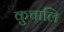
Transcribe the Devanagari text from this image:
कुचालि